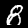
Label: 8